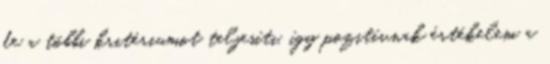
de a többi kritériumot teljesíti, így pozitívnak értékelem a